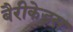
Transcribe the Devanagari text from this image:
बैरीकेड्स